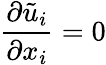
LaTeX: \frac{\partial\tilde{u}_{i}}{\partial x_{i}}=0